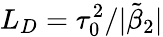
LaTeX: L_{D}=\tau_{0}^{2}/|\tilde{\beta}_{2}|